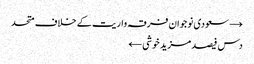
→ سعودی نوجوان فرقہ واریت کے خلاف متحد
دس فیصد مزید خوشی ←